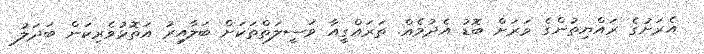
އެރަށުގެ ރައްޔިތުންގެ ވަރަށް ބޮޑު އެދުމެއް. ތަރައްގީއާ ވަސީލަތްތަކަށް ބަލާއިރު އަތޮޅުވެރިކަން ބަދަލު